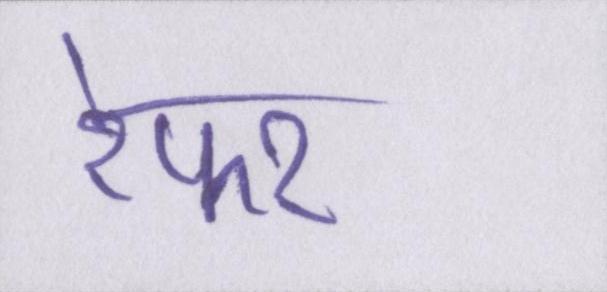
रेफर